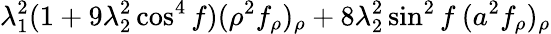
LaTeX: \lambda_{1}^{2}(1+9\lambda_{2}^{2}\cos^{4}f)(\rho^{2}f_{\rho})_{\rho}+8\lambda_{2}^{2}\sin^{2}f\: (a^{2}f_{\rho})_{\rho}